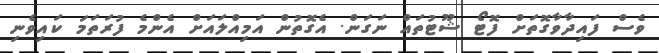
ވެސް ފައިދާވާގޮތަށް ފޮޓޯ ޝޫޓުތައް ނަގަން. އެގޮތުން އަމިއްލައަށް އެންމެ ފުރަތަމަ ކައިވެނި